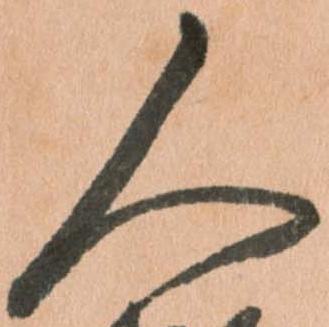
人